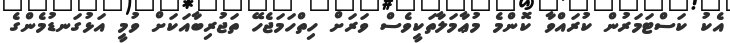
އެކު ކަސްޓަމަރުން ކުރައްވާ ކޮންމެ މުޢާމަލާތަކީވެސް ވަރަށް ހިތްހަމަޖެހޭ ތަޖުރިބާއަކަށް ވުމީ އަޅުގަނޑުމެންގެ